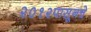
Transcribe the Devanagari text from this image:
२०१२पासूनचे